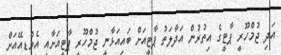
އަދި ޖުމްހޫރީ ޕާޓީގެ އިތުރުން އަދާލަތު ޕާޓީއަށް ބައިއަޅާނީ ޖުމްހޫރީ ޕާޓީއަށާއި އެމްޑީއޭއަށް